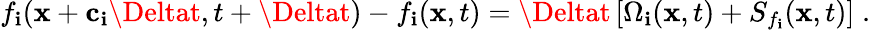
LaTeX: f_{\mathbf{i}}(\mathbf{{x}}+\mathbf{{c_{\mathbf{i}}}}\Deltat,t+\Deltat)-f_{\mathbf{i}}(\mathbf{{x}},t)=\Deltat\left[\Omega_{\mathbf{i}}(\mathbf{{x}},t)+S_{f_{\mathbf{i}}}(\mathbf{{x}},t)\right]\; .